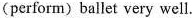
(perform)ballet very well.